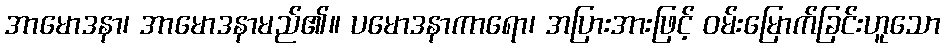
အာမောဒနာ၊ အာမောဒနာမည်၏။ ပမောဒနာကာရော၊ အပြားအားဖြင့် ဝမ်းမြောက်ခြင်းဟူသော